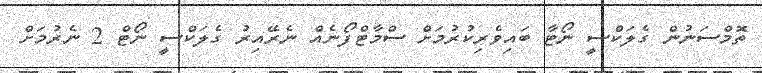
ތޮމްސަނުން ގެލަކްސީ ނޯޓާ ބައިވެރިކުރުމަށް ސްމާޓްފޯނެއް ނެރޭއިރު ގެލަކްސީ ނޯޓް 2 ނެރުމަށް